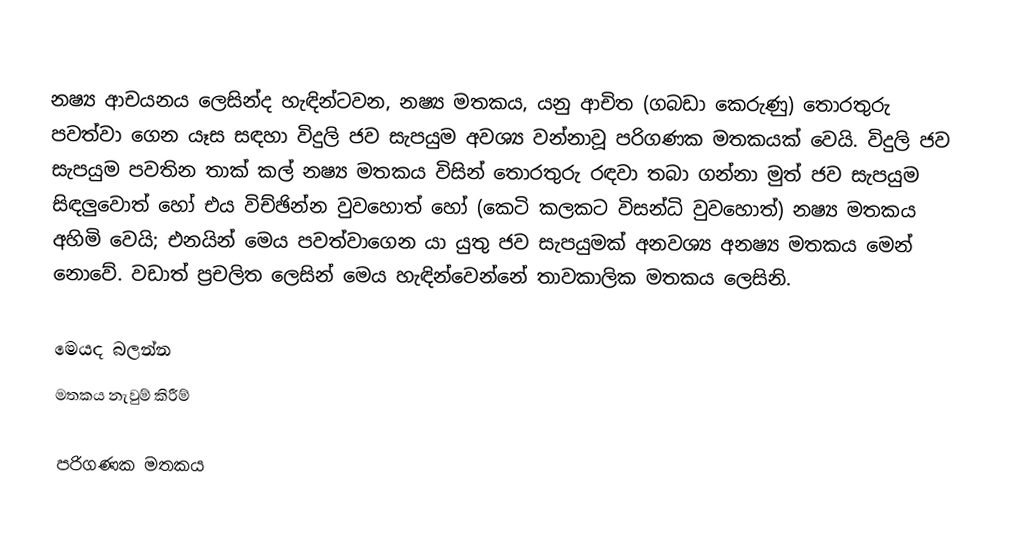
නෂ්‍ය ආචයනය ලෙසින්ද හැඳින්ටවන, නෂ්‍ය මතකය, යනු  ආචිත (ගබඩා කෙරුණු) තොරතුරු පවත්වා ගෙන යෑස සඳහා විදුලි ජව සැපයුම අවශ්‍ය වන්නාවූ පරිගණක මතකයක් වෙයි. විදුලි ජව සැපයුම පවතින තාක් කල් නෂ්‍ය මතකය විසින් තොරතුරු රඳවා තබා ගන්නා මුත් ජව සැපයුම සිඳලුවොත් හෝ එය විච්ඡින්න වුවහොත් හෝ (කෙටි කලකට විසන්ධි වුවහොත්) නෂ්‍ය මතකය අහිමි වෙයි; එනයින් මෙය පවත්වාගෙන යා යුතු ජව සැපයුමක් අනවශ්‍ය  අනෂ්‍ය මතකය මෙන් නොවේ. වඩාත් ප්‍රචලිත ලෙසින්  මෙය හැඳින්වෙන්නේ  තාවකාලික මතකය ලෙසිනි.

මෙයද බලන්න
 මතකය නැවුම් කිරීම්

පරිගණක මතකය